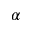
\alpha